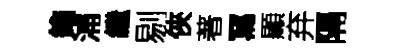
鐫浦繼剔俠著冩顯弃隔